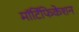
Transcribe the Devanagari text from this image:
मॉर्टिफिकेशन